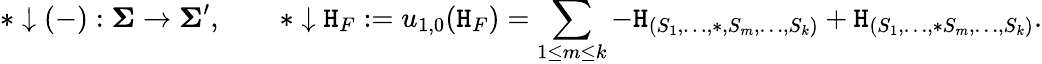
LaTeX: \ast\downarrow(-):\boldsymbol{\Sigma}\to\boldsymbol{\Sigma}^{\prime},\qquad\ast\downarrow\mathtt{H}_{F}:=u_{1,0}(\mathtt{H}_{F})=\sum_{1\leq m\leq k}-\mathtt{H}_{(S_{1},\dots,\ast,S_{m},\dots,S_{k})}+\mathtt{H}_{(S_{1},\dots,\ast S_{m},\dots,S_{k})}.